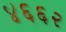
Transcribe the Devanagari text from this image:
४६६२